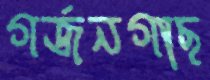
গর্জনগাছ